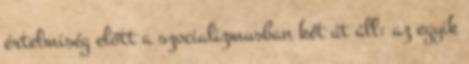
értelmiség előtt a szocializmusban két út áll: az egyik